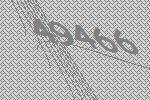
49466